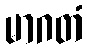
မာဂတံ